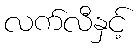
လက်လီနှင့်